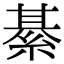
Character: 綦